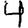
Digit: 4